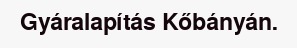
Gyáralapítás Kőbányán.